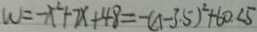
w = - x ^ { 2 } + 7 x + 4 8 = - ( \Delta - 3 . 5 ) ^ { 2 } + 6 0 . 2 5